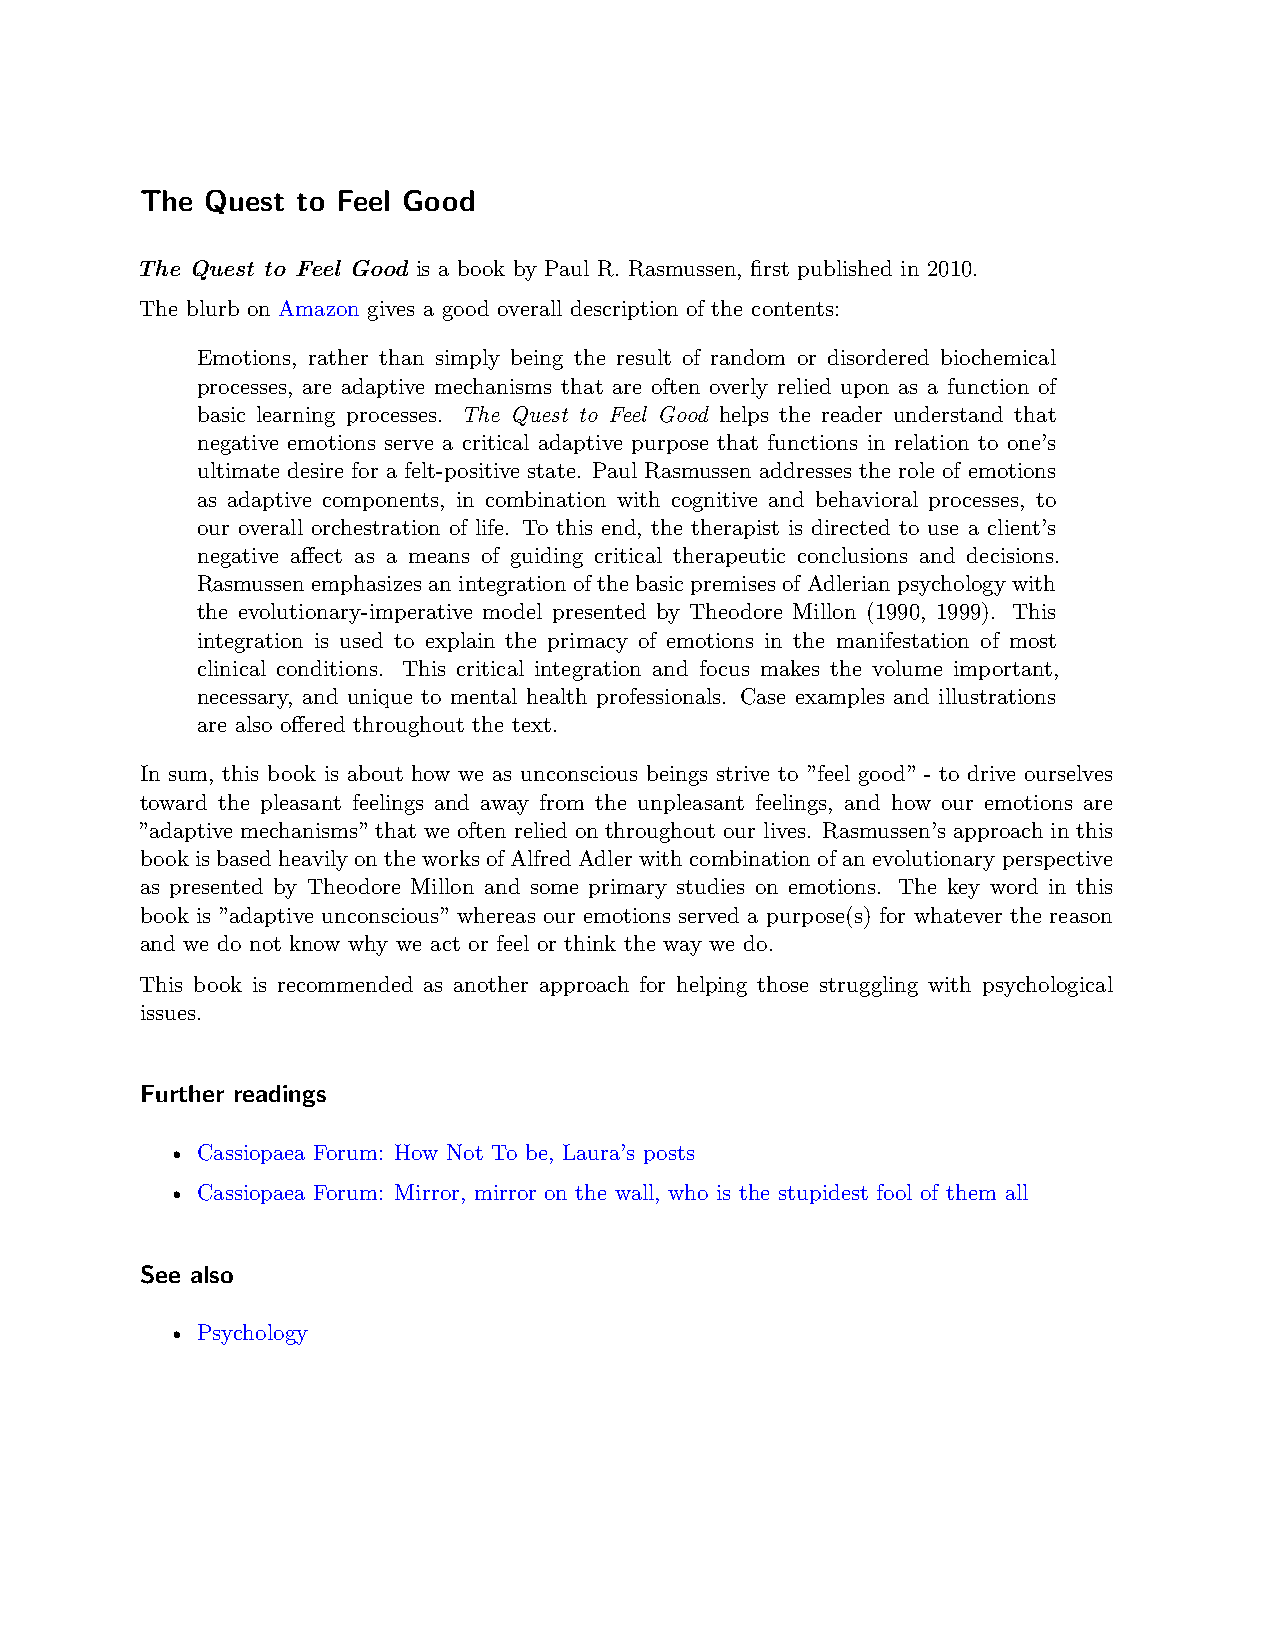
The  Quest to Feel Good
 The Quest to Feel Good is a book by Paul R. Rasmussen, first published in 2010.
 The blurb on Amazon gives a good overall description of the contents:
 Emotions, rather than simply being the result of random or disordered biochemical
 processes, are adaptive mechanisms that are often overly relied upon as a function of
 basic learning processes. The Quest to Feel Good helps the reader understand that
 negative emotions serve a critical adaptive purpose that functions in relation to one’s
 ultimate desire for a felt-positive state. Paul Rasmussen addresses the role of emotions
 as adaptive components, in combination with cognitive and behavioral processes, to
 our overall orchestration of life. To this end, the therapist is directed to use a client’s
 negative affect as a means of guiding critical therapeutic conclusions and decisions.
 Rasmussenemphasizes an integration of the basic premises of Adlerian psychology with
 the evolutionary-imperative model presented by Theodore Millon (1990, 1999). This
 integration is used to explain the primacy of emotions in the manifestation of most
 clinical conditions. This critical integration and focus makes the volume important,
 necessary, and unique to mental health professionals. Case examples and illustrations
 are also offered throughout the text.
 In sum, this book is about how we as unconscious beings strive to ”feel good” - to drive ourselves
 toward the pleasant feelings and away from the unpleasant feelings, and how our emotions are
 ”adaptive mechanisms” that we often relied on throughout our lives. Rasmussen’s approach in this
 bookisbasedheavilyontheworksofAlfredAdlerwithcombinationofanevolutionaryperspective
 as presented by Theodore Millon and some primary studies on emotions. The key word in this
 book is ”adaptive unconscious” whereas our emotions served a purpose(s) for whatever the reason
 and we do not know why we act or feel or think the way we do.
 This book is recommended as another approach for helping those struggling with psychological
 issues.
 Further readings
 • Cassiopaea Forum: How Not To be, Laura’s posts
 • Cassiopaea Forum: Mirror, mirror on the wall, who is the stupidest fool of them all
 See also
 • Psychology